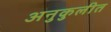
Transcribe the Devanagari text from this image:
अनुकुलीत